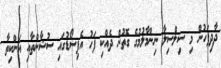
ދާދިފަހުން މި ސިލްސިލާ ނިންމާލުމުގެ ގޮތުން ދެއްކި ފަހު އެޕިސޯޑުގައި ސުޝާންތާއި އަންކިތާ